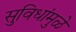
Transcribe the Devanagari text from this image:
सुविधांमुळे